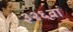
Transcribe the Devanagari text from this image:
३२६वां